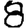
Digit: 8